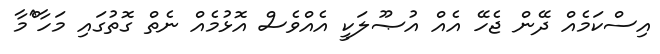
އިސްކަމެއް ދޭން ޖެހޭ އެއް އުޞޫލަކީ އެއްވެސް އޮޅުމެއް ނެތް ގޮތުގައި މަހާ^ްމާ